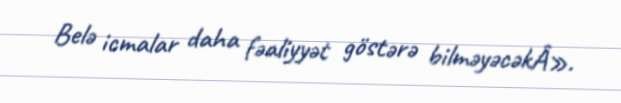
Belə icmalar daha fəaliyyət göstərə bilməyəcəkÂ».